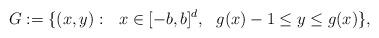
LaTeX: \begin{align*}G:=\{ (x, y):\ \ x\in [-b,b]^{d},\ \ g(x)-1\leq y\leq g(x)\},\end{align*}